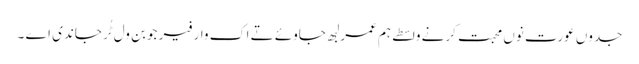
جدوں عورت نوں محبت کرنے واسطے ہم عمر لبھ جاوئے تے اک وار فیر جوبن ول ٹُر جاندی اے ۔